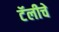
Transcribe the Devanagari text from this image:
टॅलीचे